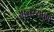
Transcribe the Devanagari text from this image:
आलस्यपूर्ण